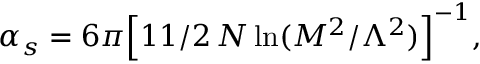
\alpha _ { s } = 6 \pi \Bigl [ 1 1 / 2 \, N \ln ( M ^ { 2 } / \Lambda ^ { 2 } ) \Bigl ] ^ { - 1 } ,